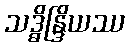
သဒ္ဓိန္ဒြိယဿ